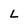
Character: L